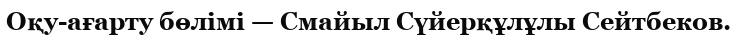
Оқу-ағарту бөлімі — Смайыл Сүйерқұлұлы Сейтбеков.